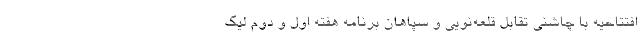
افتتاحیه با چاشنی تقابل قلعه‌نویی و سپاهان برنامه هفته اول و دوم لیگ